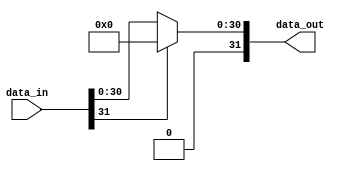
// This program was cloned from: https://github.com/TILOS-AI-Institute/MacroPlacement
// License: BSD 3-Clause "New" or "Revised" License

// ================================================================
// NVDLA Open Source Project
//
// Copyright(c) 2016 - 2017 NVIDIA Corporation. Licensed under the
// NVDLA Open Hardware License; Check "LICENSE" which comes with
// this distribution for more information.
// ================================================================
module NV_NVDLA_SDP_HLS_relu (
   data_in
  ,data_out
  );
parameter DATA_WIDTH = 32;
input [DATA_WIDTH-1:0] data_in;
output [DATA_WIDTH-1:0] data_out;
reg [DATA_WIDTH-1:0] data_out;
wire data_in_sign;
// synoff nets
// monitor nets
// debug nets
// tie high nets
// tie low nets
// no connect nets
// not all bits used nets
// todo nets
assign data_in_sign = data_in[DATA_WIDTH-1];
always @(
  data_in_sign
  or data_in
  ) begin
   if (!data_in_sign)
      data_out[((DATA_WIDTH) - 1):0] = data_in[((DATA_WIDTH) - 1):0];
   else
      data_out[((DATA_WIDTH) - 1):0] = {DATA_WIDTH{1'b0}};
end
endmodule // NV_NVDLA_SDP_HLS_relu